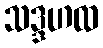
သဒ္ဒဟထ